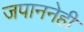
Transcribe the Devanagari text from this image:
जपाननेही